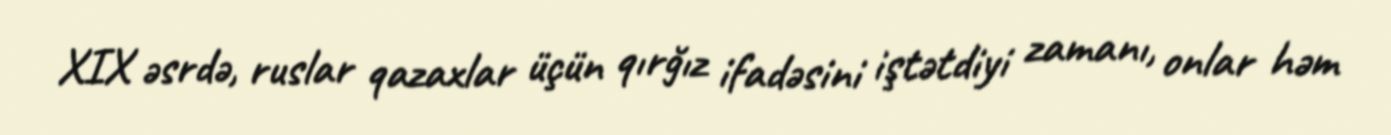
XIX əsrdə, ruslar qazaxlar üçün qırğız ifadəsini iştətdiyi zamanı, onlar həm